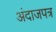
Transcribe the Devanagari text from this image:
अंदाजपत्र